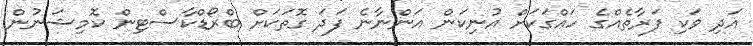
އަދި ވަކި ފަރާތެއްގެ ހައްގަަކަށް އުނިކަން އަންނާނެ ފަދަ ގޮތަކަށް ބްރޯޑްކާސްޓިން ކޮމިޝަނުން